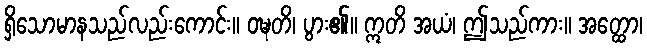
ရှိသောမာနသည်လည်းကောင်း။ ဝဍ္ဎတိ၊ ပွား၏။ ဣတိ အယံ၊ ဤသည်ကား။ အတ္ထော၊